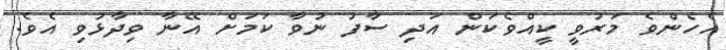
އެހެންވެ މަރުވީ ކީއްވެކަން އަދި ސާފު ނުވާ ކަމަށް އޭނާ ވިދާޅުވި އެވެ.